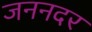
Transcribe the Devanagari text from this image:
जननदर